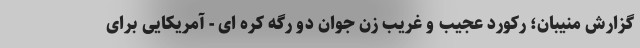
گزارش منیبان؛ رکورد عجیب و غریب زن جوان دو رگه کره ای - آمریکایی برای